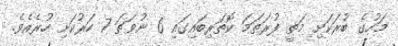
މަހުގެ ބުރަކަށި މަތީ ފުރަތަމަ ކޮތަރިބައިގައި 6 ނުވަތަ 7 ހަރުކަށި ހުރެއެވެ.